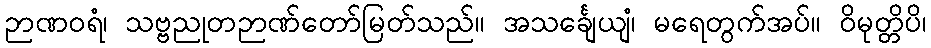
ဉာဏဝရံ၊ သဗ္ဗညုတဉာဏ်တော်မြတ်သည်။ အသင်္ချေယျံ၊ မရေတွက်အပ်။ ဝိမုတ္တိပိ၊